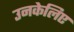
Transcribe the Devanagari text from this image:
उनकेलिए